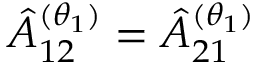
\hat { A } _ { 1 2 } ^ { ( \theta _ { 1 } ) } = \hat { A } _ { 2 1 } ^ { ( \theta _ { 1 } ) }